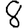
Digit: 8